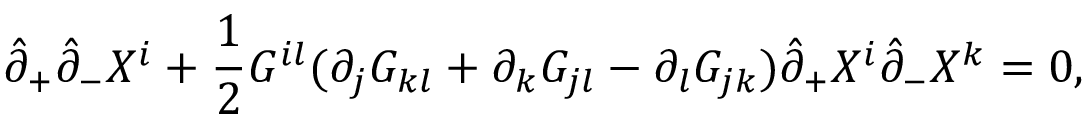
\hat { \partial } _ { + } \hat { \partial } _ { - } X ^ { i } + \frac { 1 } { 2 } G ^ { i l } ( \partial _ { j } G _ { k l } + \partial _ { k } G _ { j l } - \partial _ { l } G _ { j k } ) \hat { \partial } _ { + } X ^ { i } \hat { \partial } _ { - } X ^ { k } = 0 ,